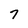
Character: 7